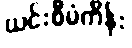
ယင်းစီမံကိန်း